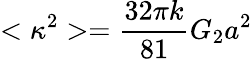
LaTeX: <\kappa^{2}>=\frac{32\pi k}{81}G_{2}a^{2}